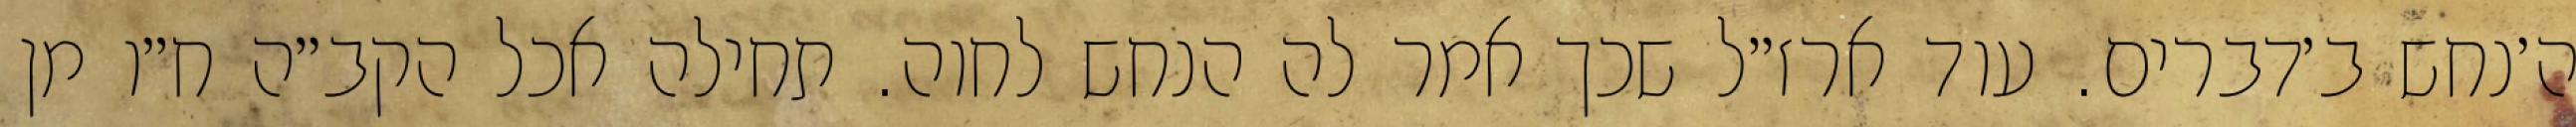
ה׳נחש ב׳דברים. עוד ארז״ל שכך אמר לה הנחש לחוה. תחילה אכל הקב״ה ח״ו מן